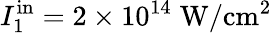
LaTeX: I_{1}^{\mathrm{in}}=2\times 10^{14}\; \mathrm{W/cm^{2}}